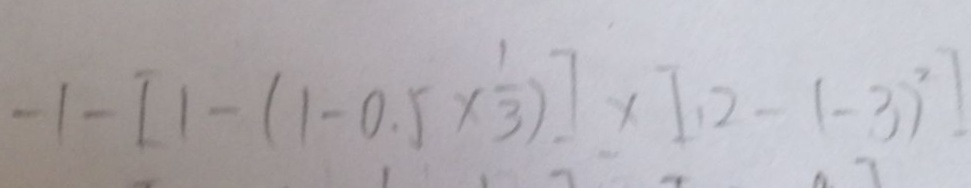
- 1 - [ 1 - ( 1 - 0 . 5 \times \frac { 1 } { 3 } ) ] \times [ 1 2 - ( - 3 ) ^ { 2 } ]